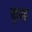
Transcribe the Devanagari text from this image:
कुण्ड़